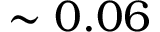
\sim 0 . 0 6